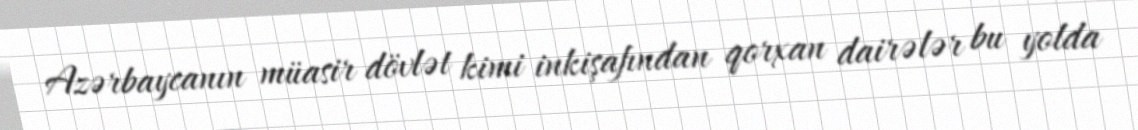
Azərbaycanın müasir dövlət kimi inkişafından qorxan dairələr bu yolda